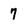
Character: 7